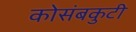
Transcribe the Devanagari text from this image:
कोसंबकुटी